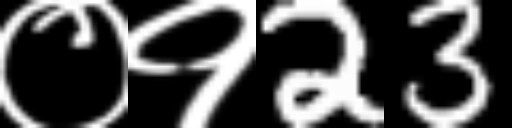
Text: ०१23